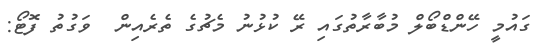
ގައުމީ ހޭންޑްބޯލް މުބާރާތުގައި ރޭ ކުޅުނު މެޗުގެ ތެރެއިން  ވަގުތު ފޮޓޯ: